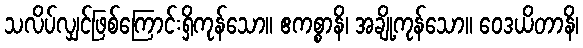
သလိပ်လျှင်ဖြစ်ကြောင်းရှိကုန်သော။ ဧကစ္စာနိ၊ အချို့ကုန်သော။ ဝေဒယိတာနိ၊